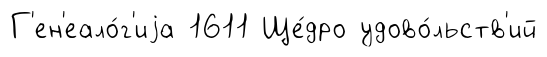
Г'ен'еало́г'иjа 1611 Ще́дро удово́льств'ий